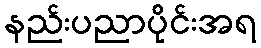
နည်းပညာပိုင်းအရ